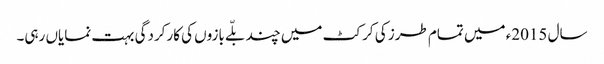
سال 2015ء میں تمام طرز کی کرکٹ میں چند بلّے بازوں کی کارکردگی بہت نمایاں رہی۔